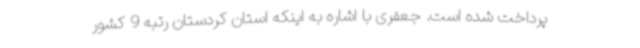
پرداخت شده است. جعفری با اشاره به اینکه استان کردستان رتبه 9 کشور